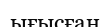
ығысған